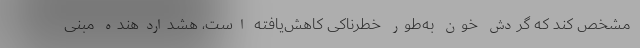
مشخص کند که گردش خون به‌طور خطرناکی کاهش‌یافته است، هشداردهنده مبنی